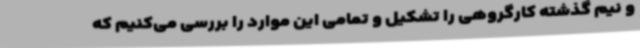
و نیم گذشته کارگروهی را تشکیل و تمامی این موارد را بررسی می‌کنیم که